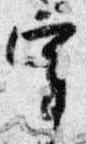
宰